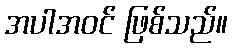
အပါအဝင် ဖြစ်သည်။